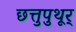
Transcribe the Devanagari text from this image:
छत्तुपुथूर्